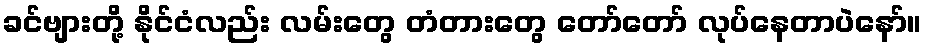
ခင်ဗျားတို့ နိုင်ငံလည်း လမ်းတွေ တံတားတွေ တော်တော် လုပ်နေတာပဲနော်။